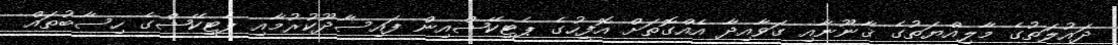
ދައުލަތުގެ މާލިއްޔަތުގެ ޤާނޫނާއި ގަވާއިދާ އެއްގޮތަށް އޮފީހުގެ ޕެޓީކޭޝްއިން ފައިސާދޫކުރުމާއި ޕެޓީކޭޝްގެ ހިސާބުތައް